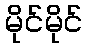
မိုင်မိုင်